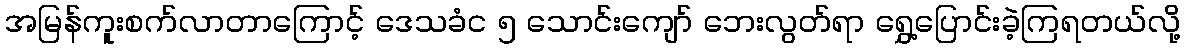
အမြန်ကူးစက်လာတာကြောင့် ဒေသခံင ၅ သောင်းကျော် ဘေးလွတ်ရာ ရွှေ့ပြောင်းခဲ့ကြရတယ်လို့